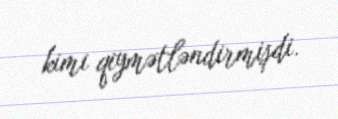
kimi qiymətləndirmişdi.